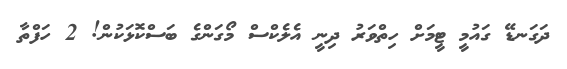
ދަގަނޑޭ ގައުމީ ޓީމަށް ހިތްވަރު ދިނީ އެލެކްސް މޯގަންގެ ބަސްކޮޅަކުން! 2 ހަފްތާ